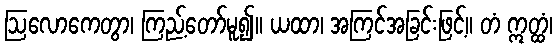
ဩလောကေတွာ၊ ကြည့်တော်မူ၍။ ယထာ၊ အကြင်အခြင်းဖြင့်။ တံ ဣတ္ထံ၊